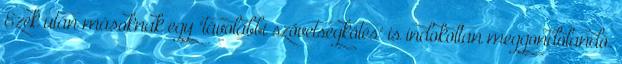
Ezek után másoknak egy "távolabbi szövetségkötés" is indokoltan meggondolandó.